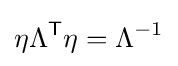
\eta \Lambda ^{\textsf {T}}\eta =\Lambda ^{-1}